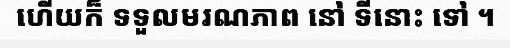
ហើយក៏ ទទួលមរណភាព នៅ ទីនោះ ទៅ ។